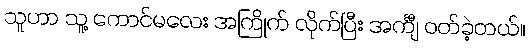
သူဟာ သူ့ ကောင်မလေး အကြိုက် လိုက်ပြီး အင်္ကျီ ဝတ်ခဲ့တယ်။